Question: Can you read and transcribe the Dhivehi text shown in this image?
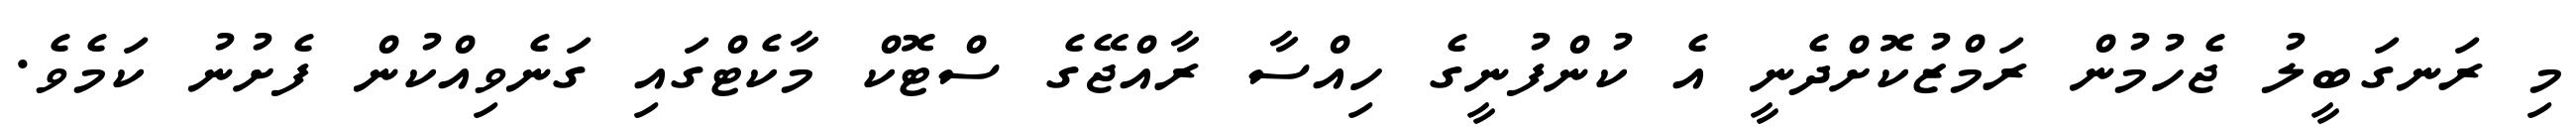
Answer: މި ރަނގަބީލު ޖެހުމުން ރަމްޒުކޮށްދެނީ އެ ކުންފުނީގެ ހިއްސާ ރާއްޖޭގެ ސްޓޮކް މާކެޓްގައި ގަނެވިއްކުން ފެށުނު ކަމެވެ.